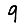
Digit: 9